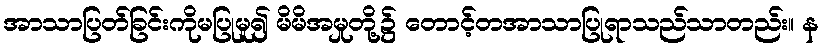
အာသာပြတ်ခြင်းကိုမပြုမူ၍ မိမိအမှုတို့၌ တောင့်တအာသာပြုရာသည်သာတည်း။ န